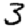
Digit: 3